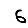
Digit: 6